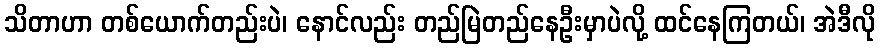
သိတာဟာ တစ်ယောက်တည်းပဲ၊ နောင်လည်း တည်မြဲတည်နေဦးမှာပဲလို့ ထင်နေကြတယ်၊ အဲဒီလို